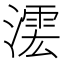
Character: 𣾲